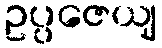
ဥပ္ပဇေယျ